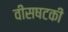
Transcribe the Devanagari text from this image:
वीसषटकी